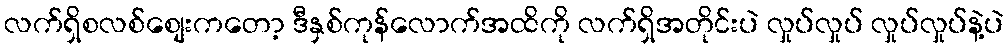
လက်ရှိစလစ်စျေးကတော့ ဒီနှစ်ကုန်လောက်အထိကို လက်ရှိအတိုင်းပဲ လှုပ်လှုပ် လှုပ်လှုပ်နဲ့ပဲ